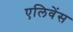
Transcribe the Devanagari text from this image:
एलिवेंस